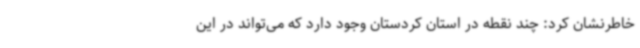
خاطرنشان کرد: چند نقطه در استان کردستان وجود دارد که می‌تواند در این